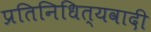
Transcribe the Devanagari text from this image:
प्रतिनिधित्यवादी